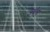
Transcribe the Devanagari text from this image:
उर्धव